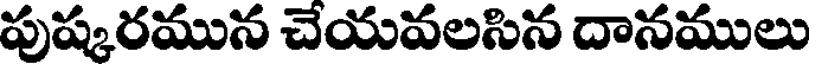
పుష్కరమున చేయవలసిన దానములు